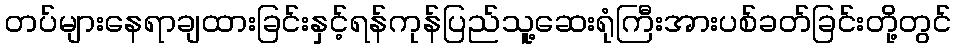
တပ်များနေရာချထားခြင်းနှင့်ရန်ကုန်ပြည်သူ့ဆေးရုံကြီးအားပစ်ခတ်ခြင်းတို့တွင်